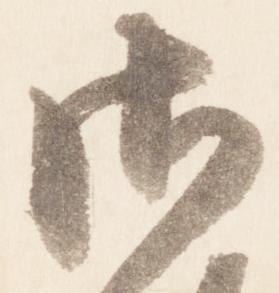
御